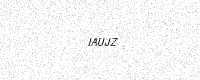
Text: IAUJZ